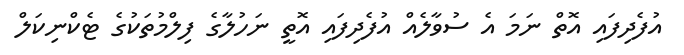
އުފެދިފައި އޮތް ނަމަ އެ ސުވާލެއް އުފެދިފައި އޮތީ ނަހުލާގެ ފިލްމުތަކުގެ ޓެކްނިކަލް